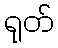
ရုတ်